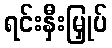
ရင်းနှီးမြှုပ်